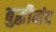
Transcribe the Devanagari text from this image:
बुद्धीमंद